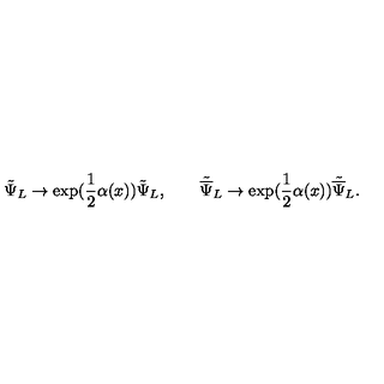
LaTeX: { \tilde { \Psi } } _ { L } \rightarrow \exp ( \frac { 1 } { 2 } \alpha ( x ) ) { \tilde { \Psi } } _ { L } , \qquad { \tilde { \overline { \Psi } } } _ { L } \rightarrow \exp ( \frac { 1 } { 2 } \alpha ( x ) ) { \tilde { \overline { \Psi } } } _ { L } .